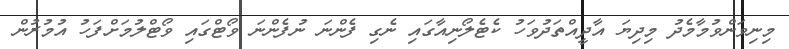
މިނިވަންވުމާމެދު މިދިޔަ އާދީއްތަދުވަހު ކެޓެލޯނިއާގައި ނެގި ފެންނަ ނުފެންނަ ވޯޓްގައި ވޯޓްލުމަށްފަހު އުމުރުން